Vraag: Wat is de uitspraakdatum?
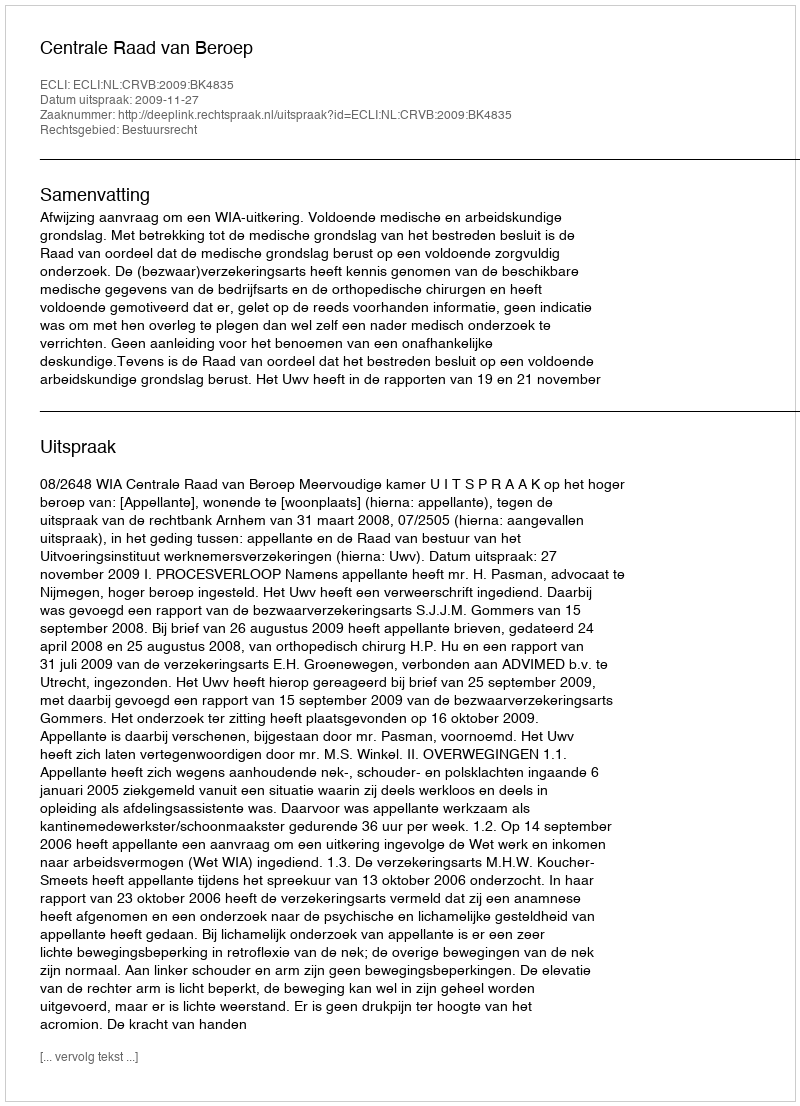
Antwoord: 2009-11-27